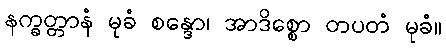
နက္ခတ္တာနံ မုခံ စန္ဒော၊ အာဒိစ္စော တပတံ မုခံ။